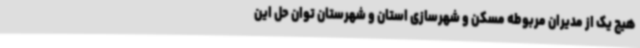
هیچ یک از مدیران مربوطه مسکن و شهرسازی استان و شهرستان توان حل این